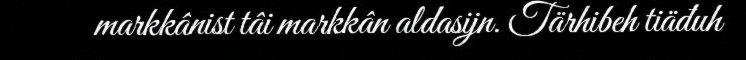
markkânist tâi markkân aldasijn. Tärhibeh tiäđuh